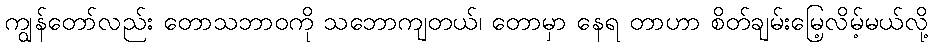
ကျွန်တော်လည်း တောသဘာဝကို သဘောကျတယ်၊ တောမှာ နေရ တာဟာ စိတ်ချမ်းမြေ့လိမ့်မယ်လို့